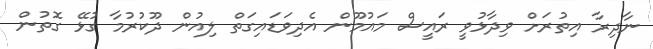
ނާދިރާ އިތުރަށް ވިދާޅުވީ ރައީސް މައުމޫން އެދިވަޑައިގަތް ލިއުން ދޫކުރުމާ ގުޅޭ ގޮތުން